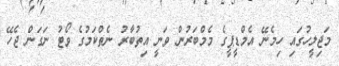
މަޖިލީހުގައި ހިމެނޭ އެމްޑީޕީގެ މެމްބަރުން ވަނީ އިތުބާރު ނެތްކަމުގެ ވޯޓު ނަގަން ޖެހޭ